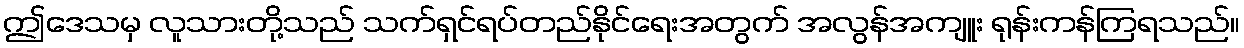
ဤဒေသမှ လူသားတို့သည် သက်ရှင်ရပ်တည်နိုင်ရေးအတွက် အလွန်အကျူး ရုန်းကန်ကြရသည်။